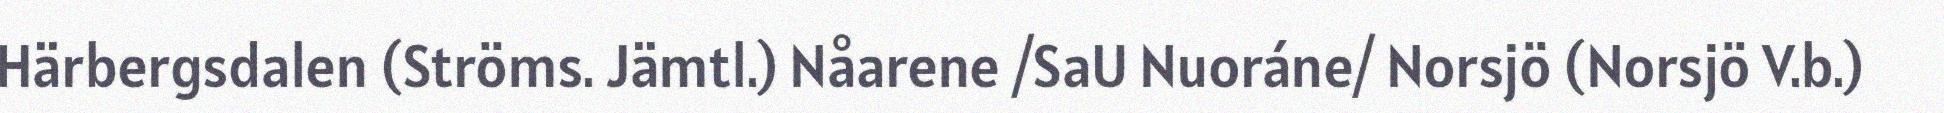
Härbergsdalen (Ströms. Jämtl.) Nåarene /SaU Nuoráne/ Norsjö (Norsjö V.b.)